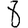
Digit: 8